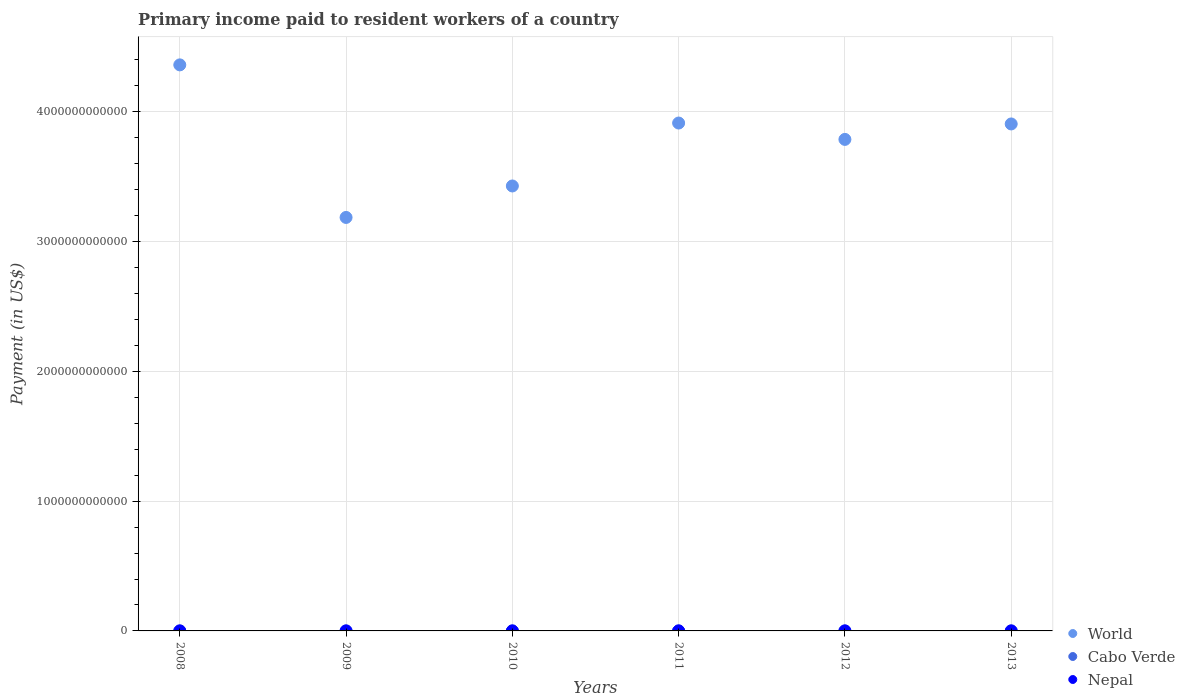
| Years | World | Cabo Verde | Nepal |
 | --- | --- | --- | --- |
 | 2008 | 4.36e+12 | 7.57e+07 | 8.46e+07 |
 | 2009 | 3.19e+12 | 6.63e+07 | 5.23e+07 |
 | 2010 | 3.43e+12 | 9.31e+07 | 1.16e+08 |
 | 2011 | 3.91e+12 | 8.6e+07 | 1.4e+08 |
 | 2012 | 3.79e+12 | 8.77e+07 | 1.22e+08 |
 | 2013 | 3.91e+12 | 7.84e+07 | 9.06e+07 |